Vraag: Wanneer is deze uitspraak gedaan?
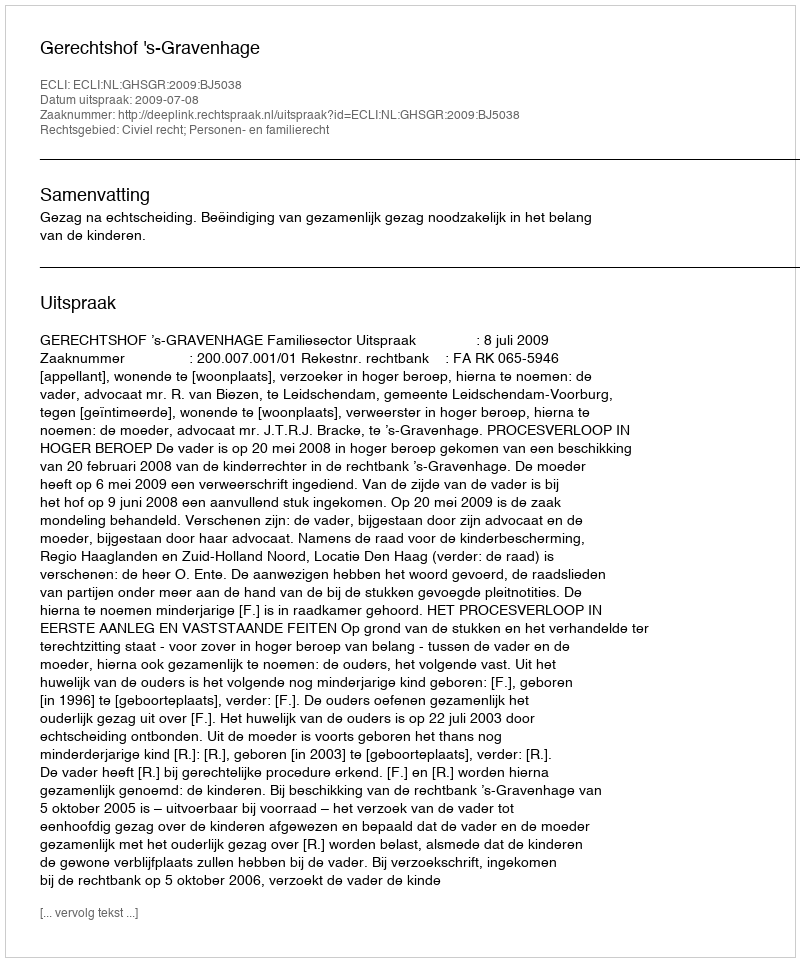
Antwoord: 2009-07-08